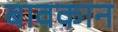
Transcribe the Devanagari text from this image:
बावकान